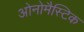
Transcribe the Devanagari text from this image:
ओनोमैस्टिक